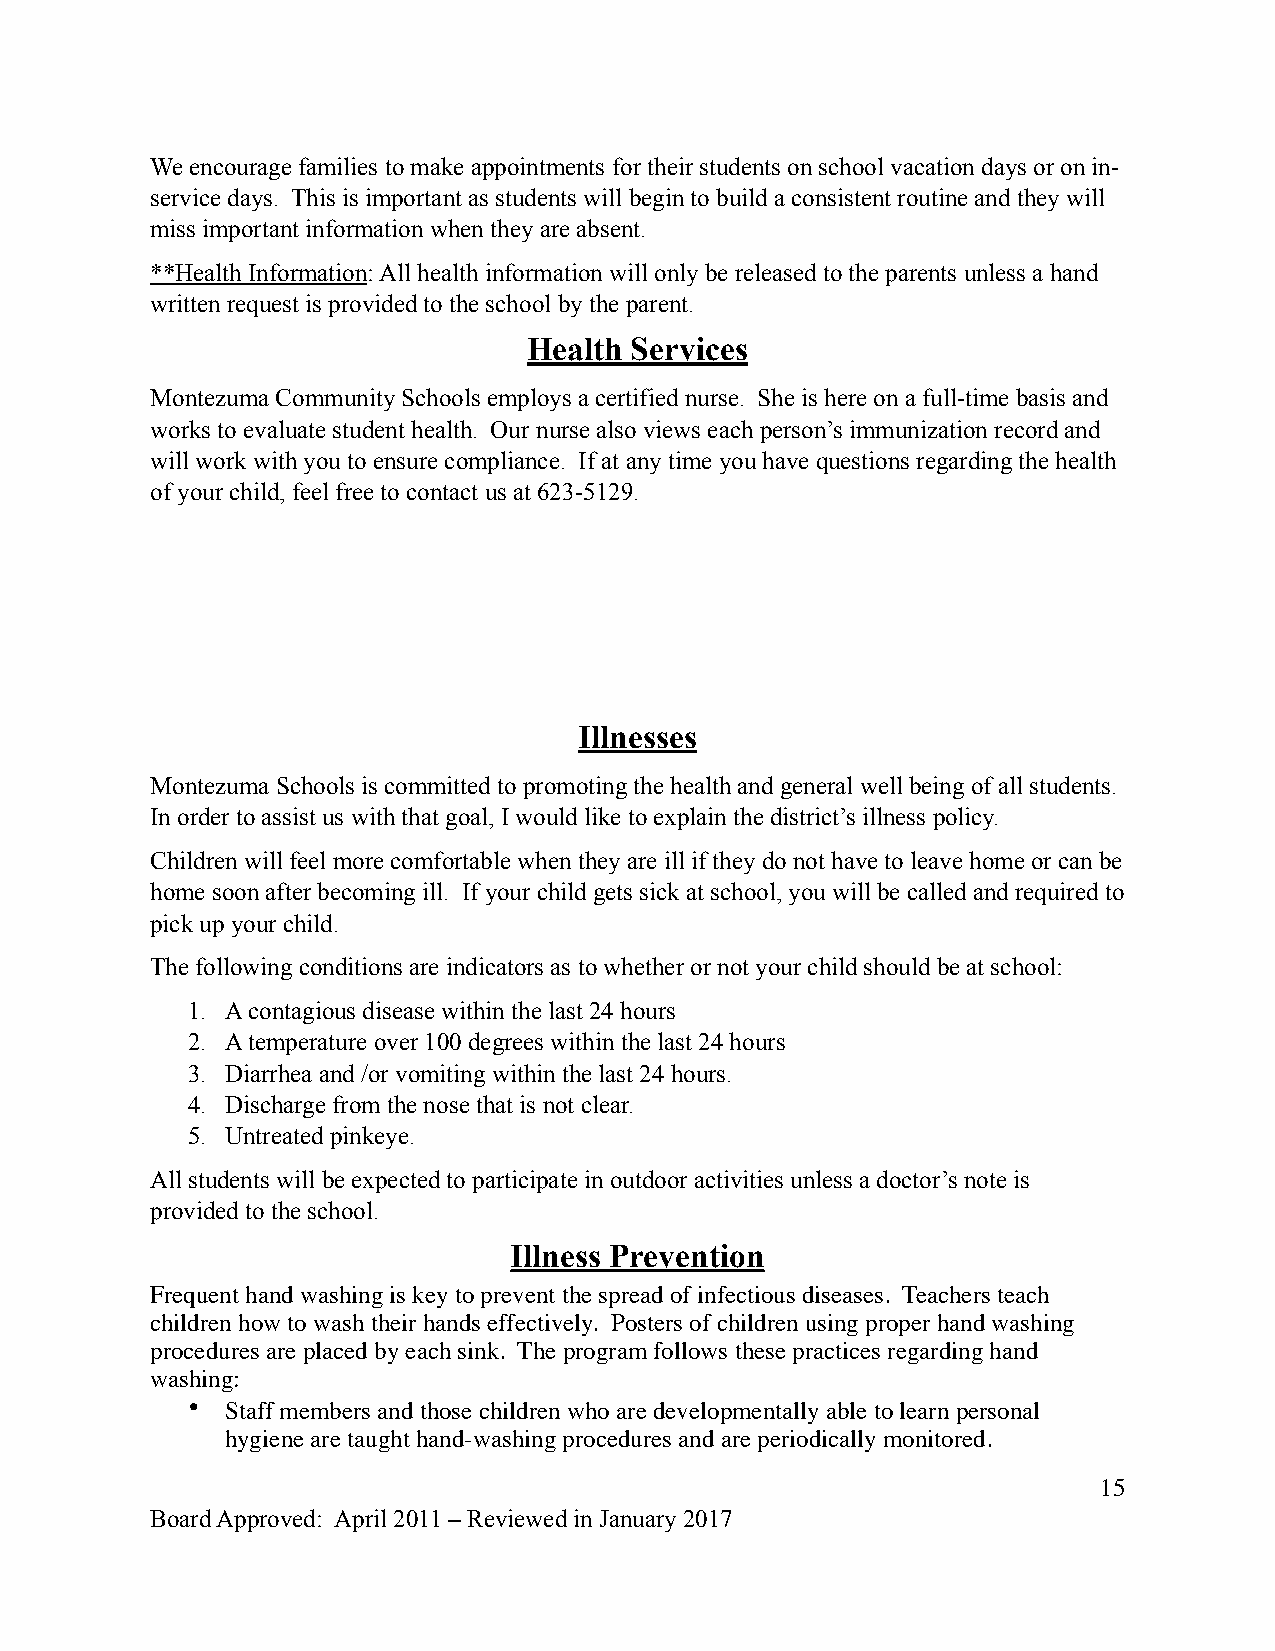
We encourage families to make appointments for their students on school vacation days or on in-
 service days. This is important as students will begin to build a consistent routine and they will
 miss important information when they are absent.
 **Health Information: All health information will only be released to the parents unless a hand
 written request is provided to the school by the parent.
 Health Services
 Montezuma Community Schools employs a certified nurse. She is here on a full-time basis and
 works to evaluate student health. Our nurse also views each person’s immunization record and
 will work with you to ensure compliance. If at any time you have questions regarding the health
 of your child, feel free to contact us at 623-5129.
 Illnesses
 Montezuma Schools is committed to promoting the health and general well being of all students.
 In order to assist us with that goal, I would like to explain the district’s illness policy.
 Children will feel more comfortable when they are ill if they do not have to leave home or can be
 home soon after becoming ill. If your child gets sick at school, you will be called and required to
 pick up your child.
 The following conditions are indicators as to whether or not your child should be at school:
 1. A contagious disease within the last 24 hours
 2. A temperature over 100 degrees within the last 24 hours
 3. Diarrhea and /or vomiting within the last 24 hours.
 4. Discharge from the nose that is not clear.
 5. Untreated pinkeye.
 All students will be expected to participate in outdoor activities unless a doctor’s note is
 provided to the school.
 Illness Prevention
 Frequent hand washing is key to prevent the spread of infectious diseases. Teachers teach
 children how to wash their hands effectively. Posters of children using proper hand washing
 procedures are placed by each sink. The program follows these practices regarding hand
 washing:
 •  Staff members and those children who are developmentally able to learn personal
 hygiene are taught hand-washing procedures and are periodically monitored.
 15
 Board Approved: April 2011 – Reviewed in January 2017